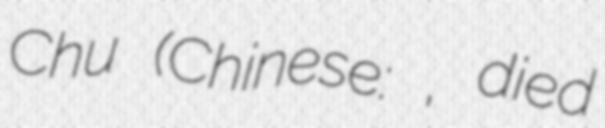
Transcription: Chu (Chinese: 楚武王, died